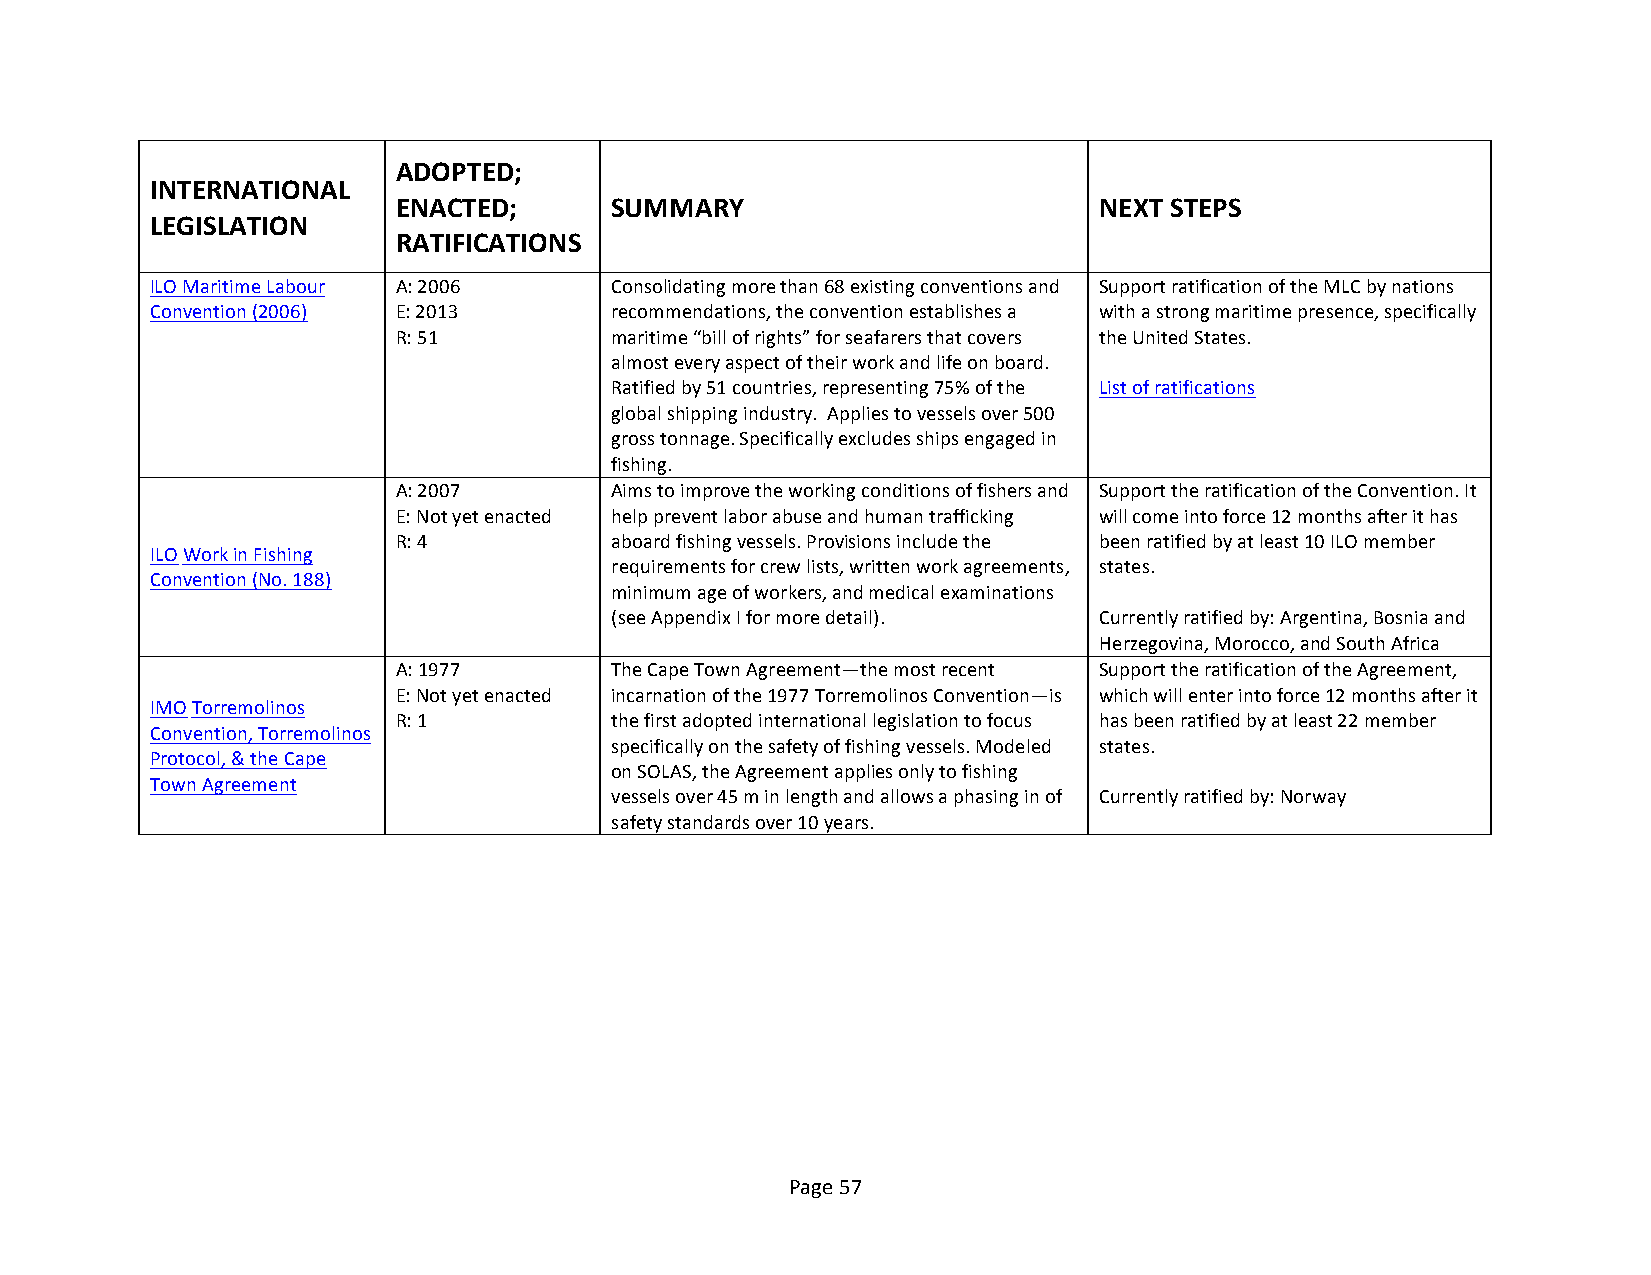
ADOPTED;
 INTERNATIONAL
 ENACTED;      SUMMARY                          NEXT STEPS
 LEGISLATION
 RATIFICATIONS
 ILO Maritime Labour A: 2006   Consolidating more than 68 existing conventions and Support ratification of the MLC by nations
 Convention (2006) E: 2013     recommendations, the convention establishes a with a strong maritime presence, specifically
 R: 51         maritime “bill of rights” for seafarers that covers the United States.
 almost every aspect of their work and life on board.
 Ratified by 51 countries, representing 75% of the List of ratifications
 global shipping industry. Applies to vessels over 500
 gross tonnage. Specifically excludes ships engaged in
 fishing.
 A: 2007       Aims to improve the working conditions of fishers and Support the ratification of the Convention. It
 E: Not yet enacted help prevent labor abuse and human trafficking will come into force 12 months after it has
 R: 4          aboard fishing vessels. Provisions include the been ratified by at least 10 ILO member
 ILO Work in Fishing
 requirements for crew lists, written work agreements, states.
 Convention (No. 188)
 minimum age of workers, and medical examinations
 (see Appendix I for more detail). Currently ratified by: Argentina, Bosnia and
 Herzegovina, Morocco, and South Africa
 A: 1977       The Cape Town Agreement—the most recent Support the ratification of the Agreement,
 E: Not yet enacted incarnation of the 1977 Torremolinos Convention—is which will enter into force 12 months after it
 IMO Torremolinos
 R: 1          the first adopted international legislation to focus has been ratified by at least 22 member
 Convention, Torremolinos
 specifically on the safety of fishing vessels. Modeled states.
 Protocol, & the Cape
 on SOLAS, the Agreement applies only to fishing
 Town Agreement
 vessels over 45 m in length and allows a phasing in of Currently ratified by: Norway
 safety standards over 10 years.
 Page 57